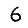
Digit: 6